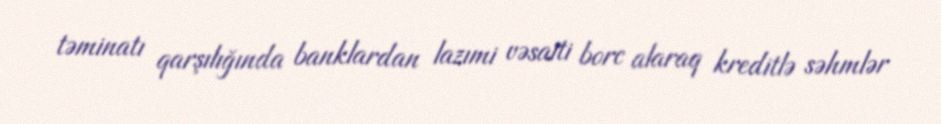
təminatı qarşılığında banklardan lazımi vəsaiti borc alaraq kreditlə səhmlər